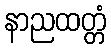
နာညထတ္တံ